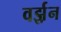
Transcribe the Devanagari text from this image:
वर्झ़न